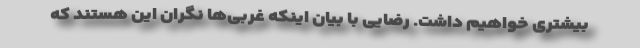
بیشتری خواهیم داشت. رضایی با بیان اینکه غربی‌ها نگران این هستند که